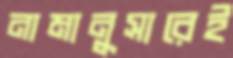
নামানুসারেই